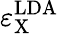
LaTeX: \varepsilon_{\mathrm{X}}^{\mathrm{LDA}}